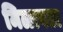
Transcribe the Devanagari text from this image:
मिळावता